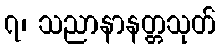
၇၊ သညာနာနတ္တသုတ်